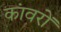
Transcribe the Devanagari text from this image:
कांवरों